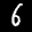
Label: 6